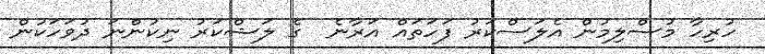
ހުރިހާ މުސްލިމުން އެލަސްކަރު ފަހަތައް އަރާނެ  ގެ ލަޝްކަރު ނިކުންނަ ދުވަހަކުން